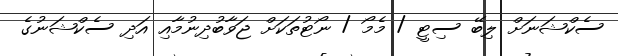
ސެކްޝަނަށް ލިބޭ ސިޓީ / މެމޯ / ނޯޓުތަކަށް ޖަވާބުދިނުމާއި އަދި ސެކްޝަނުގެ